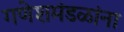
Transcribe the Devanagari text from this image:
गणेशमंडळांना